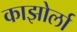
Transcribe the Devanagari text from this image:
काझोर्ला